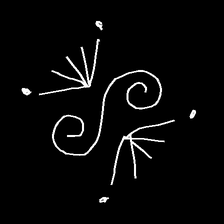
Glyph: aeroform